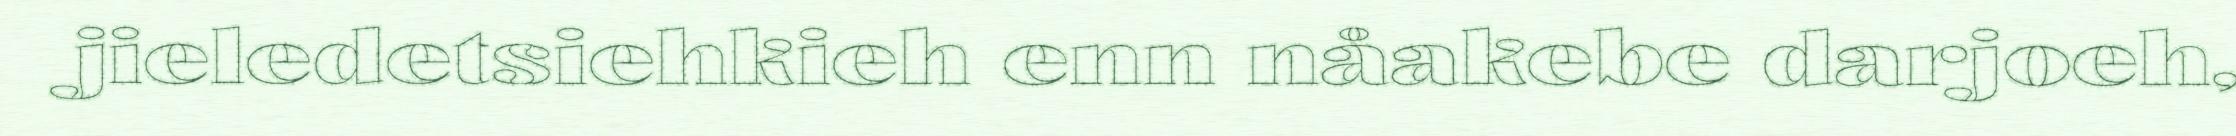
jieledetsiehkieh enn nåakebe darjoeh,